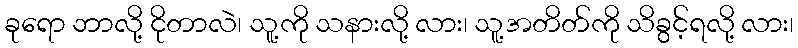
ခုရော ဘာလို့ ငိုတာလဲ၊ သူ့ကို သနားလို့ လား၊ သူ့အတိတ်ကို သိခွင့်ရလို့ လား၊